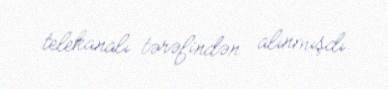
telekanalı tərəfindən alınmışdı.